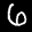
Label: 6